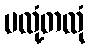
မလုံ့တလုံ